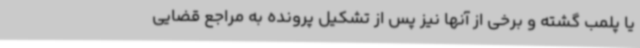
یا پلمب گشته و برخی از آنها نیز پس از تشکیل پرونده به مراجع قضایی